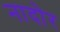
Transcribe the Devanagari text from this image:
नादोर